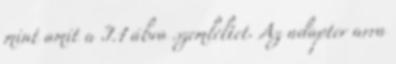
mint amit a I.1 ábra szemléltet. Az adapter arra